Annual administration report of the Civil Veterinary Department of India - 1896-1897
Year: 1896
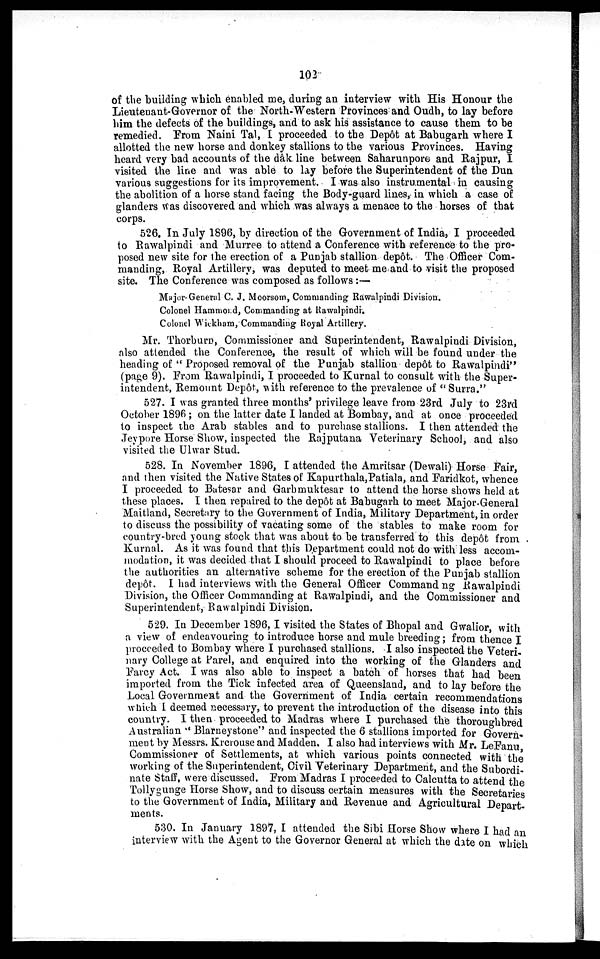
102
of the building which enabled me, during an interview with His Honour the
Lieuteuant-Governor of the North-Western Provinces and Oudh, to lay before
him the defects of the buildings, and to ask his assistance to cause them to be
remedied. From Naini Tal, I proceeded to the Depôt at Babugarh where I
allotted the new horse and donkey stallions to the various Provinces. Having
heard very bad accounts of the dâk line between Saharunpore and Rajpur, I
visited the line and was able to lay before the Superintendent of the Dun
various suggestions for its improvement. I was also instrumental in causing
the abolition of a horse stand facing the Body-guard lines, in which a case of
glanders was discovered and which was always a menace to the horses of that
corps.
526. In July 1896, by direction of the Government of India, I proceeded
to Rawalpindi and Murree to attend a Conference with reference to the pro-
posed new site for the erection of a Punjab stallion depôt. The Officer Com-
manding, Royal Artillery, was deputed to meet me and to visit the proposed
site. The Conference was composed as follows :—
Major General C. J. Moorsom, Commanding Rawalpindi Division.
Colonel Hammond, Commanding at Rawalpindi.
Colonel Wiekham, Commanding Royal Artillery.
Mr. Thorburn, Commissioner and Superintendent, Rawalpindi Division,
also attended the Conference, the result of which will be found under the
heading of "Proposed removal of the Punjab stallion depôt to Rawalpindi"
(page 9). From Rawalpindi, I proceeded to Kurnal to consult with the Super-
intendent, Remount Depôt, with reference to the prevalence of "Surra."
527. I was granted three months' privilege leave from 23rd July to 23rd
October 1896; on the latter date I landed at Bombay, and at once proceeded
to inspect the Arab stables and to purchase stallions. I then attended the
Jeypore Horse Show, inspected the Rajputana Veterinary School, and also
visited the Ulwar Stud.
528. In November 1896, I attended the Amritsar (Dewali) Horse Fair,
and then visited the Native States of Kapurthala,Patiala, and Faridkot, whence
I proceeded to Batesar and Garhmuktesar to attend the horse shows held at
these places. I then repaired to the depôt at Babugarh to meet Major-General
Maitland, Secretary to the Government of India, Military Department, in order
to discuss the possibility of vacating some of the stables to make room for
country-bred young stock that was about to be transferred to this depôt from
Kurnal. As it was found that this Department could not do with less accom-
modation, it was decided that I should proceed to Rawalpindi to place before
the authorities an alternative scheme for the erection of the Punjab stallion
depôt. I had interviews with the General Officer Command ng Rawalpindi
Division, the Officer Commanding at Rawalpindi, and the Commissioner and
Superintendent, Rawalpindi Division.
529. In December 1896, I visited the States of Bhopal and Gwalior, with
a view of endeavouring to introduce horse and mule breeding; from thence I
proceeded to Bombay where I purchased stallions. I also inspected the Veteri-
nary College at Parel, and enquired into the working of the Glanders and
Farcy Act. I was also able to inspect a batch of horses that had been
imported from the Tick infected area of Queensland, and to lay before the
Local Government and the Government of India certain recommendations
which I deemed necessary, to prevent the introduction of the disease into this
country. I then proceeded to Madras where I purchased the thoroughbred
Australian "Blarneystone" and inspected the 6 stallions imported for Govern-
ment by Messrs. Krcrouse and Madden. I also had interviews with Mr. LeFanu,
Commissioner of Settlements, at which various points connected with the
working of the Superintendent, Civil Veterinary Department, and the Subordi-
nate Staff, were discussed. From Madras I proceeded to Calcutta to attend the
Tollygunge Horse Show, and to discuss certain measures with the Secretaries
to the Government of India, Military and Revenue and Agricultural Depart-
ments.
530. In January 1897, I attended the Sibi Horse Show where I had an
interview with the Agent to the Governor General at which the date on which